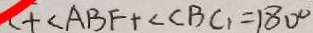
+ \angle A B F + \angle C B C _ { 1 } = 1 8 0 ^ { \circ }